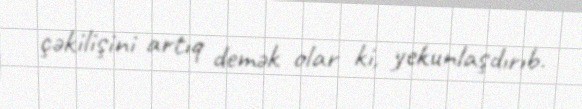
çəkilişini artıq demək olar ki, yekunlaşdırıb.